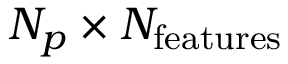
N _ { p } \times N _ { \mathrm { f e a t u r e s } }